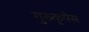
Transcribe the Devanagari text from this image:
गुरुकृपेस